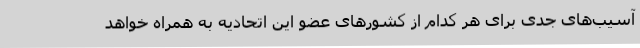
آسیب‌های جدی برای هر کدام از کشورهای عضو این اتحادیه به همراه خواهد